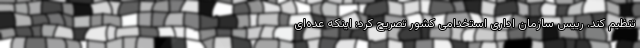
تنظیم کند. رییس سازمان اداری استخدامی کشور تصریح کرد: اینکه عده‌ای